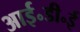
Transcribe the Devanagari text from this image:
आई॰डी॰ई